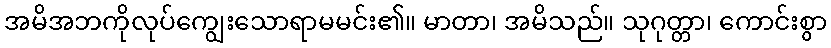
အမိအဘကိုလုပ်ကျွေးသောရာမမင်း၏။ မာတာ၊ အမိသည်။ သုဂုတ္တာ၊ ကောင်းစွာ